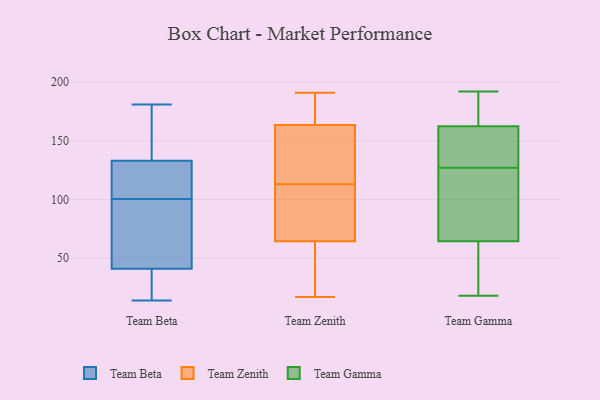
{"axis": {"x": "Latency (ms)", "y": "Value"}, "legend": ["Team Beta", "Team Gamma", "Team Zenith"], "data": [{"x": "", "y": 177, "type": "Team Beta"}, {"x": "", "y": 14, "type": "Team Beta"}, {"x": "", "y": 181, "type": "Team Beta"}, {"x": "", "y": 88, "type": "Team Beta"}, {"x": "", "y": 133, "type": "Team Beta"}, {"x": "", "y": 41, "type": "Team Beta"}, {"x": "", "y": 92, "type": "Team Beta"}, {"x": "", "y": 109, "type": "Team Beta"}, {"x": "", "y": 27, "type": "Team Beta"}, {"x": "", "y": 129, "type": "Team Beta"}, {"x": "", "y": 23, "type": "Team Beta"}, {"x": "", "y": 52, "type": "Team Beta"}, {"x": "", "y": 133, "type": "Team Beta"}, {"x": "", "y": 121, "type": "Team Beta"}, {"x": "", "y": 44, "type": "Team Zenith"}, {"x": "", "y": 95, "type": "Team Zenith"}, {"x": "", "y": 163, "type": "Team Zenith"}, {"x": "", "y": 62, "type": "Team Zenith"}, {"x": "", "y": 191, "type": "Team Zenith"}, {"x": "", "y": 67, "type": "Team Zenith"}, {"x": "", "y": 82, "type": "Team Zenith"}, {"x": "", "y": 164, "type": "Team Zenith"}, {"x": "", "y": 164, "type": "Team Zenith"}, {"x": "", "y": 165, "type": "Team Zenith"}, {"x": "", "y": 105, "type": "Team Zenith"}, {"x": "", "y": 22, "type": "Team Zenith"}, {"x": "", "y": 136, "type": "Team Zenith"}, {"x": "", "y": 17, "type": "Team Zenith"}, {"x": "", "y": 121, "type": "Team Zenith"}, {"x": "", "y": 146, "type": "Team Zenith"}, {"x": "", "y": 192, "type": "Team Gamma"}, {"x": "", "y": 42, "type": "Team Gamma"}, {"x": "", "y": 137, "type": "Team Gamma"}, {"x": "", "y": 175, "type": "Team Gamma"}, {"x": "", "y": 53, "type": "Team Gamma"}, {"x": "", "y": 89, "type": "Team Gamma"}, {"x": "", "y": 161, "type": "Team Gamma"}, {"x": "", "y": 114, "type": "Team Gamma"}, {"x": "", "y": 134, "type": "Team Gamma"}, {"x": "", "y": 179, "type": "Team Gamma"}, {"x": "", "y": 42, "type": "Team Gamma"}, {"x": "", "y": 76, "type": "Team Gamma"}, {"x": "", "y": 18, "type": "Team Gamma"}, {"x": "", "y": 120, "type": "Team Gamma"}, {"x": "", "y": 142, "type": "Team Gamma"}, {"x": "", "y": 164, "type": "Team Gamma"}]}